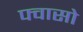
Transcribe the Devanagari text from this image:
फ्वासो